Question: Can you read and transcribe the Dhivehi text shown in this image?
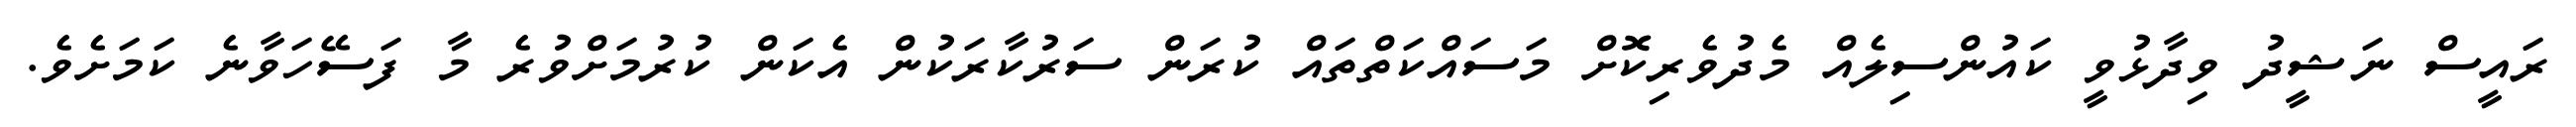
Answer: ރައީސް ނަޝީދު ވިދާޅުވީ ކައުންސިލެއް މެދުވެރިކޮށް މަސައްކަތްތައް ކުރަން ސަރުކާރަކުން އެކަން ކުރުމަށްވުރެ މާ ފަސޭހަވާނެ ކަމަށެވެ.